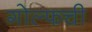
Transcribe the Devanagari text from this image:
गोल्फची